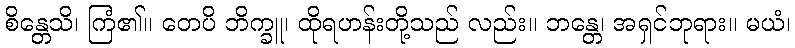
စိန္တေသိ၊ ကြံ၏။ တေပိ ဘိက္ခူ၊ ထိုရဟန်းတို့သည် လည်း။ ဘန္တေ၊ အရှင်ဘုရား။ မယံ၊